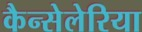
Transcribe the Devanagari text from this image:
कैन्सेलेरिया